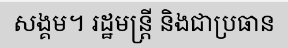
សង្គម។ រដ្ឋមន្ត្រី និងជាប្រធាន